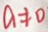
a \neq 0